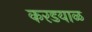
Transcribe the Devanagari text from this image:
करडयाळ